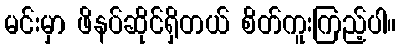
မင်းမှာ ဖိနပ်ဆိုင်ရှိတယ် စိတ်ကူးကြည့်ပါ။